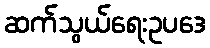
ဆက်သွယ်ရေးဥပဒေ